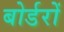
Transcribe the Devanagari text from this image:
बोर्डरों